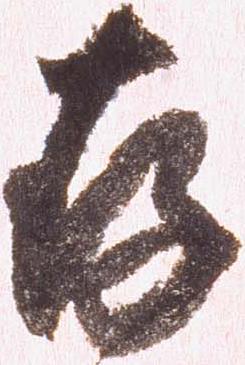
存